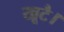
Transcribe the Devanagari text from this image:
खूटै।